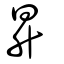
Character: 昇